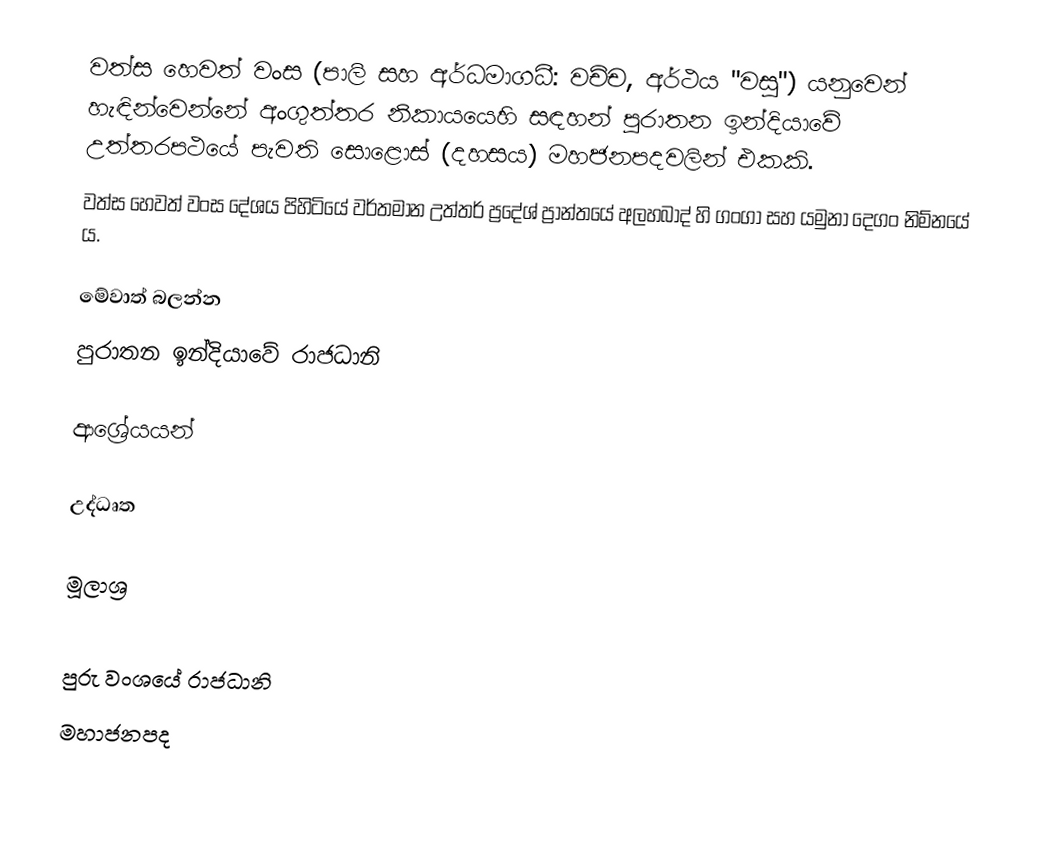
වත්ස හෙවත් වංස (පාලි සහ අර්ධමාගධී: වච්ච, අර්ථය "වසු") යනුවෙන් හැඳින්වෙන්නේ අංගුත්තර නිකායයෙහි සඳහන් පුරාතන ඉන්දියාවේ උත්තරපථයේ පැවති සොළොස් (දහසය) මහජනපදවලින් එකකි.
වත්ස හෙවත් වංස දේශය පිහිටියේ වර්තමාන උත්තර් ප්‍රදේශ් ප්‍රාන්තයේ අලහබාද් හි ගංගා සහ යමුනා දෙගං නිම්නයේ ය.

මේවාත් බලන්න
පුරාතන ඉන්දියාවේ ‍රාජධානි

ආශ්‍රේයයන්

උද්ධෘත

මූලාශ්‍ර

පුරු වංශයේ රාජධානි
මහාජනපද